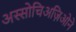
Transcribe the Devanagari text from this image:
अस्सोचिअज़िओने